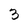
Character: 3